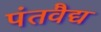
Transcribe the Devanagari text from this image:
पंतवैद्य